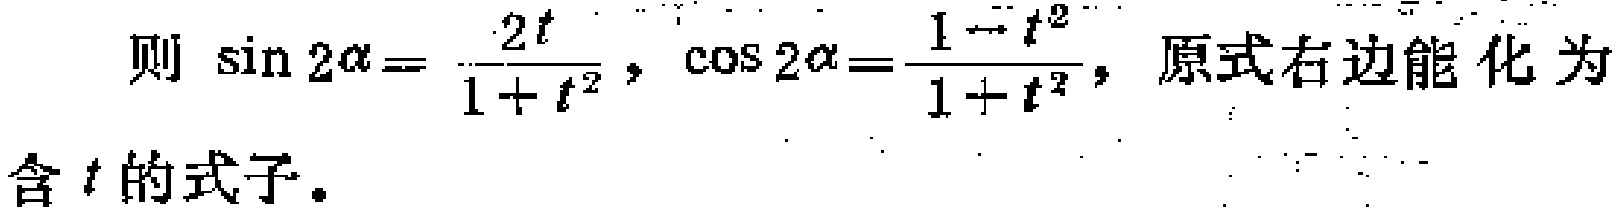
则 \(\sin 2\alpha = \frac{2t}{1 + t^{2}}\)，\(\cos 2\alpha = \frac{1 - t^{2}}{1 + t^{2}}\)，原式右边能化为含 \(t\) 的式子。